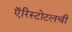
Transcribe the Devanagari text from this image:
ऍरिस्टोटलची